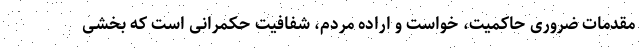
مقدمات ضروری حاکمیت، خواست و اراده مردم، شفافیت حکمرانی است که بخشی